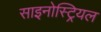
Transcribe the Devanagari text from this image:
साइनोस्ट्रियल